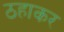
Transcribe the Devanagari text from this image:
ठहाकर